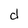
Character: d